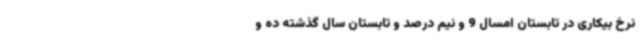
نرخ بیکاری در تابستان امسال 9 و نیم درصد و تابستان سال گذشته ده و